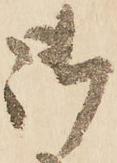
御